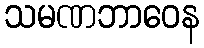
သမဏဘာဝေန